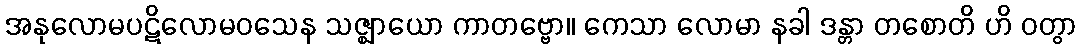
အနုလောမပဋိလောမဝသေန သဇ္ဈာယော ကာတဗ္ဗော။ ကေသာ လောမာ နခါ ဒန္တာ တစောတိ ဟိ ဝတွာ